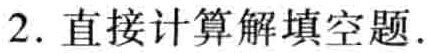
2. 直接计算解填空题.